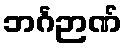
ဘင်္ဂဉာဏ်